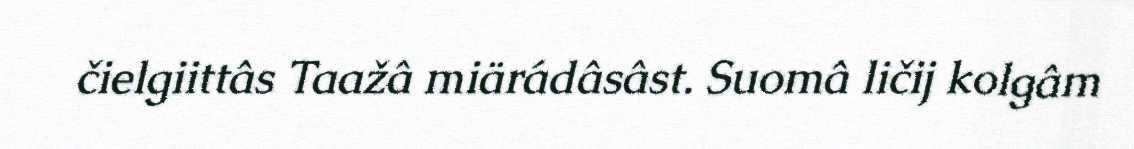
čielgiittâs Taažâ miärádâsâst. Suomâ ličij kolgâm